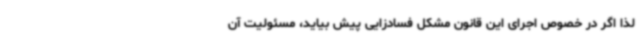
لذا اگر در خصوص اجرای این قانون مشکل فسادزایی پیش بیاید، مسئولیت آن